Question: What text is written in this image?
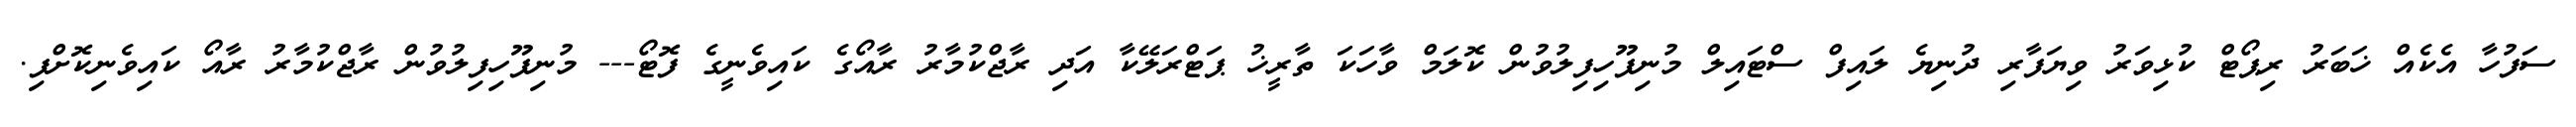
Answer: ސަފުހާ އެކެއް ޚަބަރު ރިޕޯޓް ކުޅިވަރު ވިޔަފާރި ދުނިޔެ ލައިފް ސްޓައިލް މުނިފޫހިފިލުވުން ކޮލަމް ވާހަކަ ތާރީޚު ޕަޓްރަލޭކާ އަދި ރާޖްކުމާރު ރާއޯގެ ކައިވެނީގެ ފޮޓޯ--- މުނިފޫހިފިލުވުން ރާޖްކުމާރު ރާއޯ ކައިވެނިކޮށްފި.